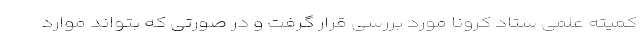
کمیته علمی ستاد کرونا مورد بررسی قرار گرفت و در صورتی که بتواند موارد